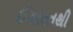
ઈમારતથી